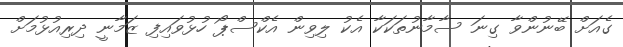
ގެއަށް ބޭނުންވާ ގިނަ ސާމާނުތަކަކާ އެކު ލިވިން އެކްސްޕޯ ހުޅުވައިފި ޒަމާނީ ދިރިއުޅުމަށް